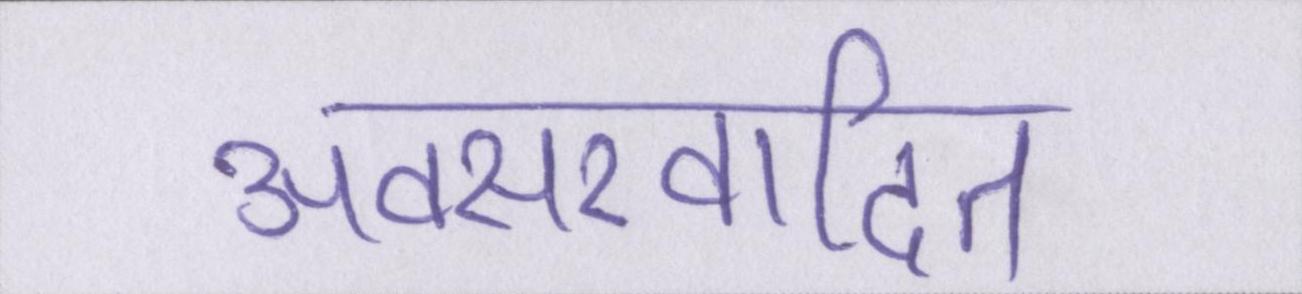
अवसरवादित